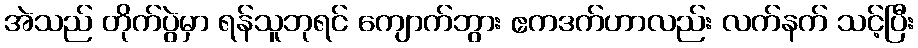
အဲသည် တိုက်ပွဲမှာ ရန်သူဘုရင် ကျောက်ဘွား ဧကဒက်ဟာလည်း လက်နက် သင့်ပြီး